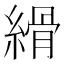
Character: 縎